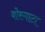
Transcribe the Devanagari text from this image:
बोरगाटा